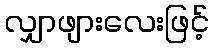
လျှာဖျားလေးဖြင့်